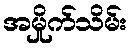
အမှိုက်သိမ်း